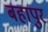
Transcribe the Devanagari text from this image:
बहापुर